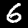
Digit: 6